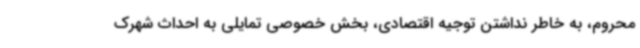
محروم، به خاطر نداشتن توجیه اقتصادی، بخش خصوصی تمایلی به احداث شهرک